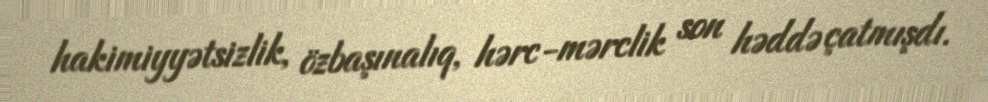
hakimiyyətsizlik, özbaşınalıq, hərc-mərclik son həddə çatmışdı.